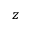
z